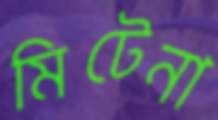
মিটেনা